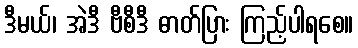
ဒီမယ်၊ အဲဒီ ဗီစီဒီ ဓာတ်ပြား ကြည့်ပါရစေ။